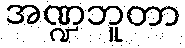
အဏ္ဍဘူတာ